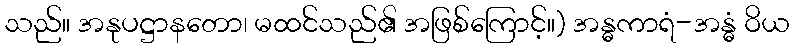
သည်။ အနုပဋ္ဌာနတော၊ မထင်သည်၏ အဖြစ်ကြောင့်။) အန္ဓကာရံ-အန္ဓံ ဝိယ